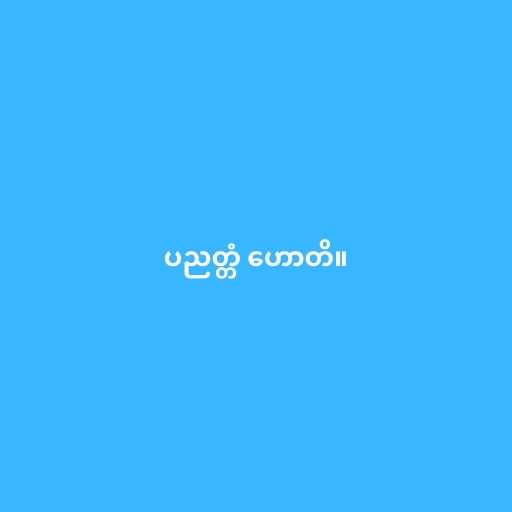
ပညတ္တံ ဟောတိ။